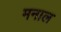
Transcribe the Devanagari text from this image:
मनाल